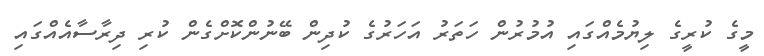
މީގެ ކުރީގެ ލިޔުމެއްގައި އުމުރުން ހަތަރު އަހަރުގެ ކުދިން ބޭނުންކޮށްގެން ކުރި ދިރާސާއެއްގައި